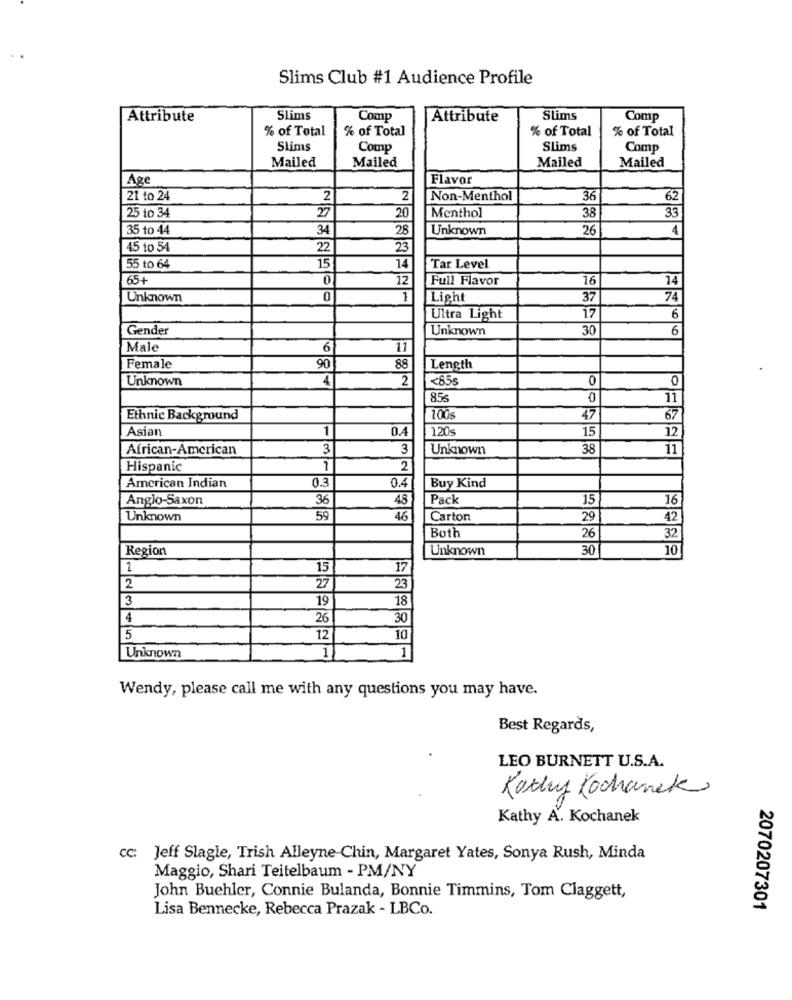
Slims Club #1 Audience Profile
Attribute
Slims
Comp
Attribute
Slims
Comp
% of Total
% of Total
% of Total
% of Total
Slims
Comp
Slims
Comp
Mailed
Mailed
Mailed
Mailed
Age
Flavor
21 to 24
2
2
Non-Menthol
36
62
20
Menthol
33
25 to 34
27
38
35 to 44
34
28
Unknown
26
4
45 to 54
22
23
55 to 64
15
14
Tar Level
65+
0
12
Full Flavor
16
14
Unknown
0
1
Light
37
74
Ultra Light
17
6
Gender
Unknown
30
6
Male
6
11
88
Female
90
Length
Unknown
4
2
<855
0
0
85s
0
11
Ethnic Background
100s
47
67
Asian
1
0.4
120s
15
12
African-American
3
3
Unknown
38
11
Hispanic
1
2
American Indian
0.3
Buy Kind
0.4
Anglo-Saxon
36
48
Pack
15
16
Unknown
59
46
Carton
29
42
Both
26
32
Region
Unknown
30
10
1
15
17
2
27
23
3
19
18
4
26
30
5
12
10
1
1
Unknown
Wendy, please call me with any questions you may have.
Best Regards,
LEO BURNETT U.S.A.
Kathy Kochanek
Kathy A. Kochanek
cc: Jeff Slagle, Trish Alleyne Chin, Margaret Yates, Sonya Rush, Minda
Maggio, Shari Teitelbaum - PM/NY
John Buehler, Connie Bulanda, Bonnie Timmins, Tom Claggett,
Lisa Bennecke, Rebecca Prazak - LBCo.
2070207301